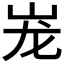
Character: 𰎎